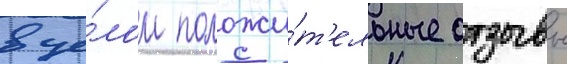
в це́лом положи́т'ельные отзывы